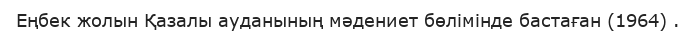
Еңбек жолын Қазалы ауданының мәдениет бөлімінде бастаған (1964) .